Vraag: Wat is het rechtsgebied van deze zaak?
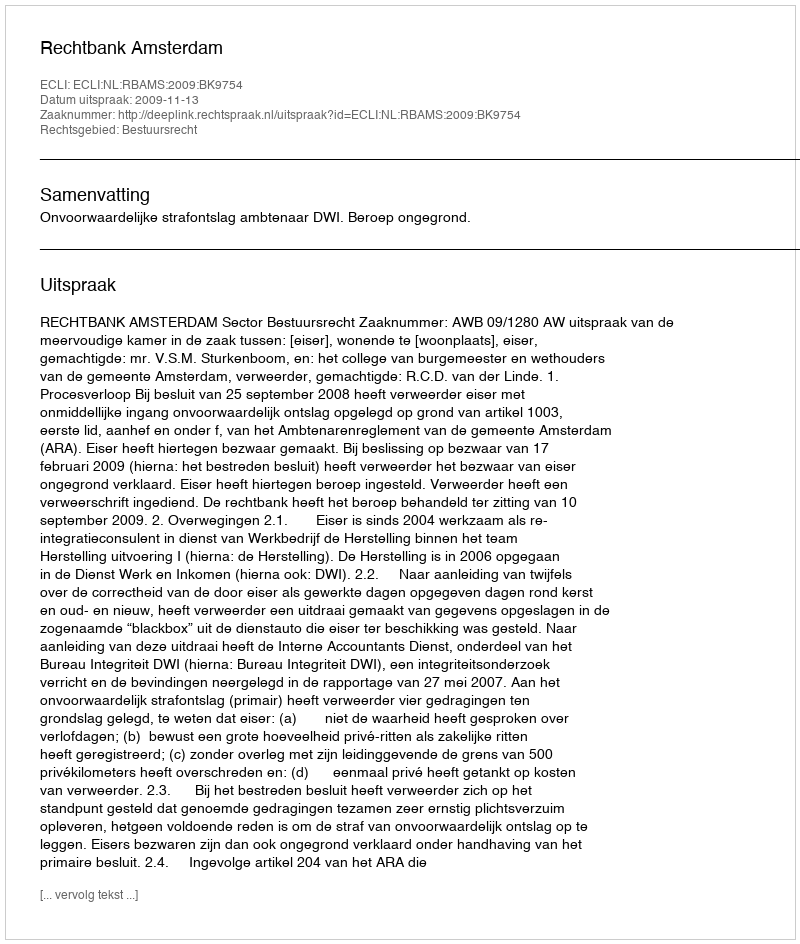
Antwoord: Bestuursrecht